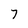
Character: 7